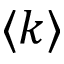
\langle k \rangle